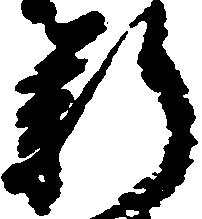
新